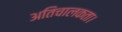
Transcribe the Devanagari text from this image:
अतिचालकता।